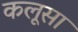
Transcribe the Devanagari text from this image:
कलूसा